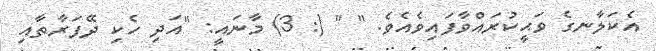
އެކަލާނގެ ވަޙީކުރައްވާފައިވެއެވެ. " " (: 3) މާނައީ: "އަދި ހެކި ދޭފަރާތާއި